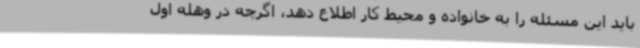
باید این مسئله را به خانواده و محیط کار اطلاع دهد، اگرچه در وهله اول